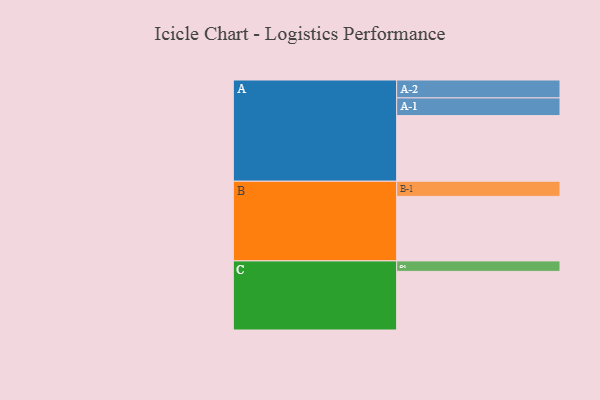
{"axis": {"x": "Segment", "y": "Value"}, "legend": ["", "A", "B", "C"], "data": [{"x": "A", "y": 590, "type": ""}, {"x": "B", "y": 580, "type": ""}, {"x": "C", "y": 527, "type": ""}, {"x": "A-1", "y": 159, "type": "A"}, {"x": "A-2", "y": 161, "type": "A"}, {"x": "B-1", "y": 136, "type": "B"}, {"x": "C-1", "y": 94, "type": "C"}]}